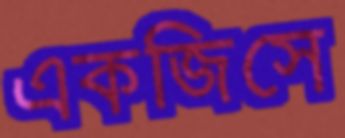
একজিসে